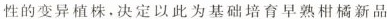
性的变异植株，决定以此为基础培育早熟柑橘新品